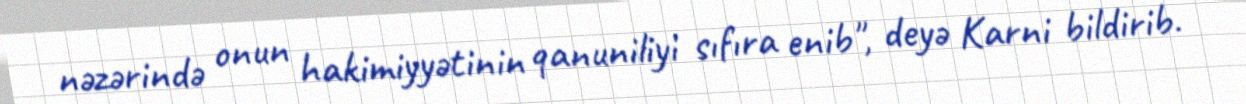
nəzərində onun hakimiyyətinin qanuniliyi sıfıra enib", deyə Karni bildirib.